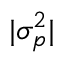
| \sigma _ { p } ^ { 2 } |